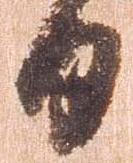
日